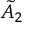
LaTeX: { \tilde { A } } _ { 2 }